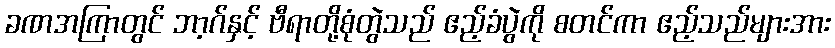
ခဏအကြာတွင် ဘာ့ဂ်နှင့် ဗီရာတို့စုံတွဲသည် ဧည့်ခံပွဲကို စတင်ကာ ဧည့်သည်များအား